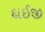
દાઈજી